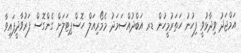
އަމްޖަދު ވިދާޅުވީ ފިހުނު ހަތަރުމީހުން ޑރ އަބްދުއްސަމަދު މެމޯރިއަލް ހޮސްޕިޓަލަށް ގެންގޮސް ފަރުވާދީފައިވާ